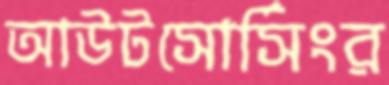
আউটসোর্সিংর